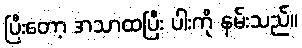
ပြီးတော့ အသာထပြီး ပါးကို နမ်းသည်။